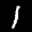
Label: 1